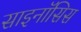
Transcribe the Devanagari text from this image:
साइनॉसिस